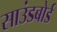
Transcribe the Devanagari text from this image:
साउंडबोर्ड